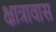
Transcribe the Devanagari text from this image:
क्षात्रावास